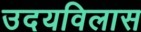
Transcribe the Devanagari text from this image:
उदयविलास